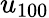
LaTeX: u_{100}